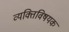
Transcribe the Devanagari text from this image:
व्यक्तिविषयक